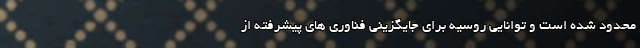
محدود شده است و توانایی روسیه برای جایگزینی فناوری های پیشرفته از